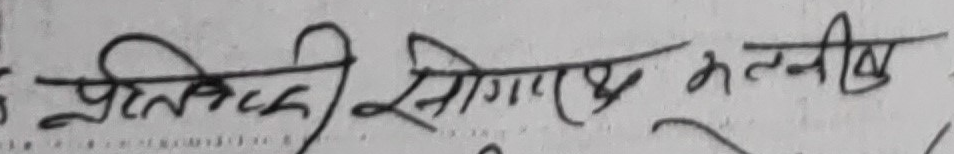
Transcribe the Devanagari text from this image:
प्रतिएकी, सिगारक मलनीव